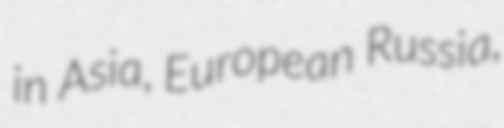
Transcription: in Asia, European Russia,